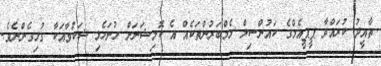
ތާއީދު ކުރައްވާ ޕީޕީއެމްގެ ކައުންސިލް މެމްބަރުންތަކެއް އެ ކޮމިޝަނަށް ހުށަހެޅި ޝަކުވާއަކާ ގުޅިގެންނެވެ.